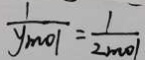
\frac { 1 } { y _ { m o l } } = \frac { 1 } { 2 m o l }